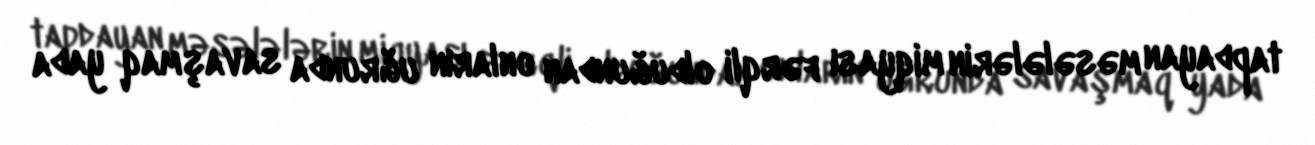
tapdayan məsələlərin miqyası fərqli olduğundan onların uğrunda savaşmaq yada